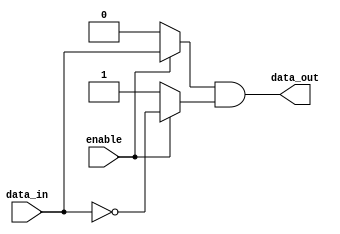
module push_pull_buffer (
    input wire enable,
    input wire data_in,
    output reg data_out
);

reg p_transistor;
reg n_transistor;

always @ (enable, data_in) begin
    if (enable) begin
        p_transistor <= data_in;
        n_transistor <= ~data_in;
    end else begin
        p_transistor <= 0;
        n_transistor <= 1;
    end
end

assign data_out = p_transistor & n_transistor;

endmodule